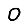
Digit: 0